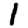
Digit: 1